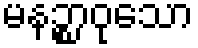
မနဉ္စာဝုသော